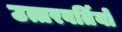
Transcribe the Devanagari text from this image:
उत्तरवर्तियों